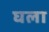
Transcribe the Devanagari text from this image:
घला